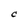
Character: C